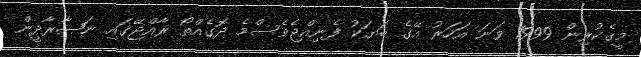
މީގެކުރިން 1999 ވަނަ އަހަރު އޭގެ ބަޔަކު ފެނިއްޖެވެސްމެ ދޮގެއްތޯ ރާއްޖޭގައި ނަޞާރާދީން